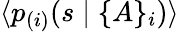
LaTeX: \langle p_{(i)}(s\mid\{ A\} _{i})\rangle